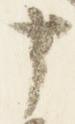
十